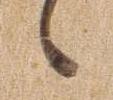
ゝ